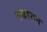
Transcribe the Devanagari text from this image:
नकारून